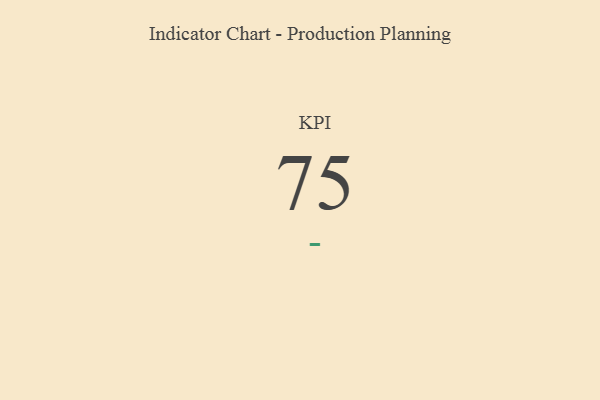
{"axis": {"x": "KPI", "y": "Value"}, "legend": [""], "data": [{"x": "KPI", "y": 75, "type": ""}]}